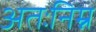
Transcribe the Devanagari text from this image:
अतःनिम्न